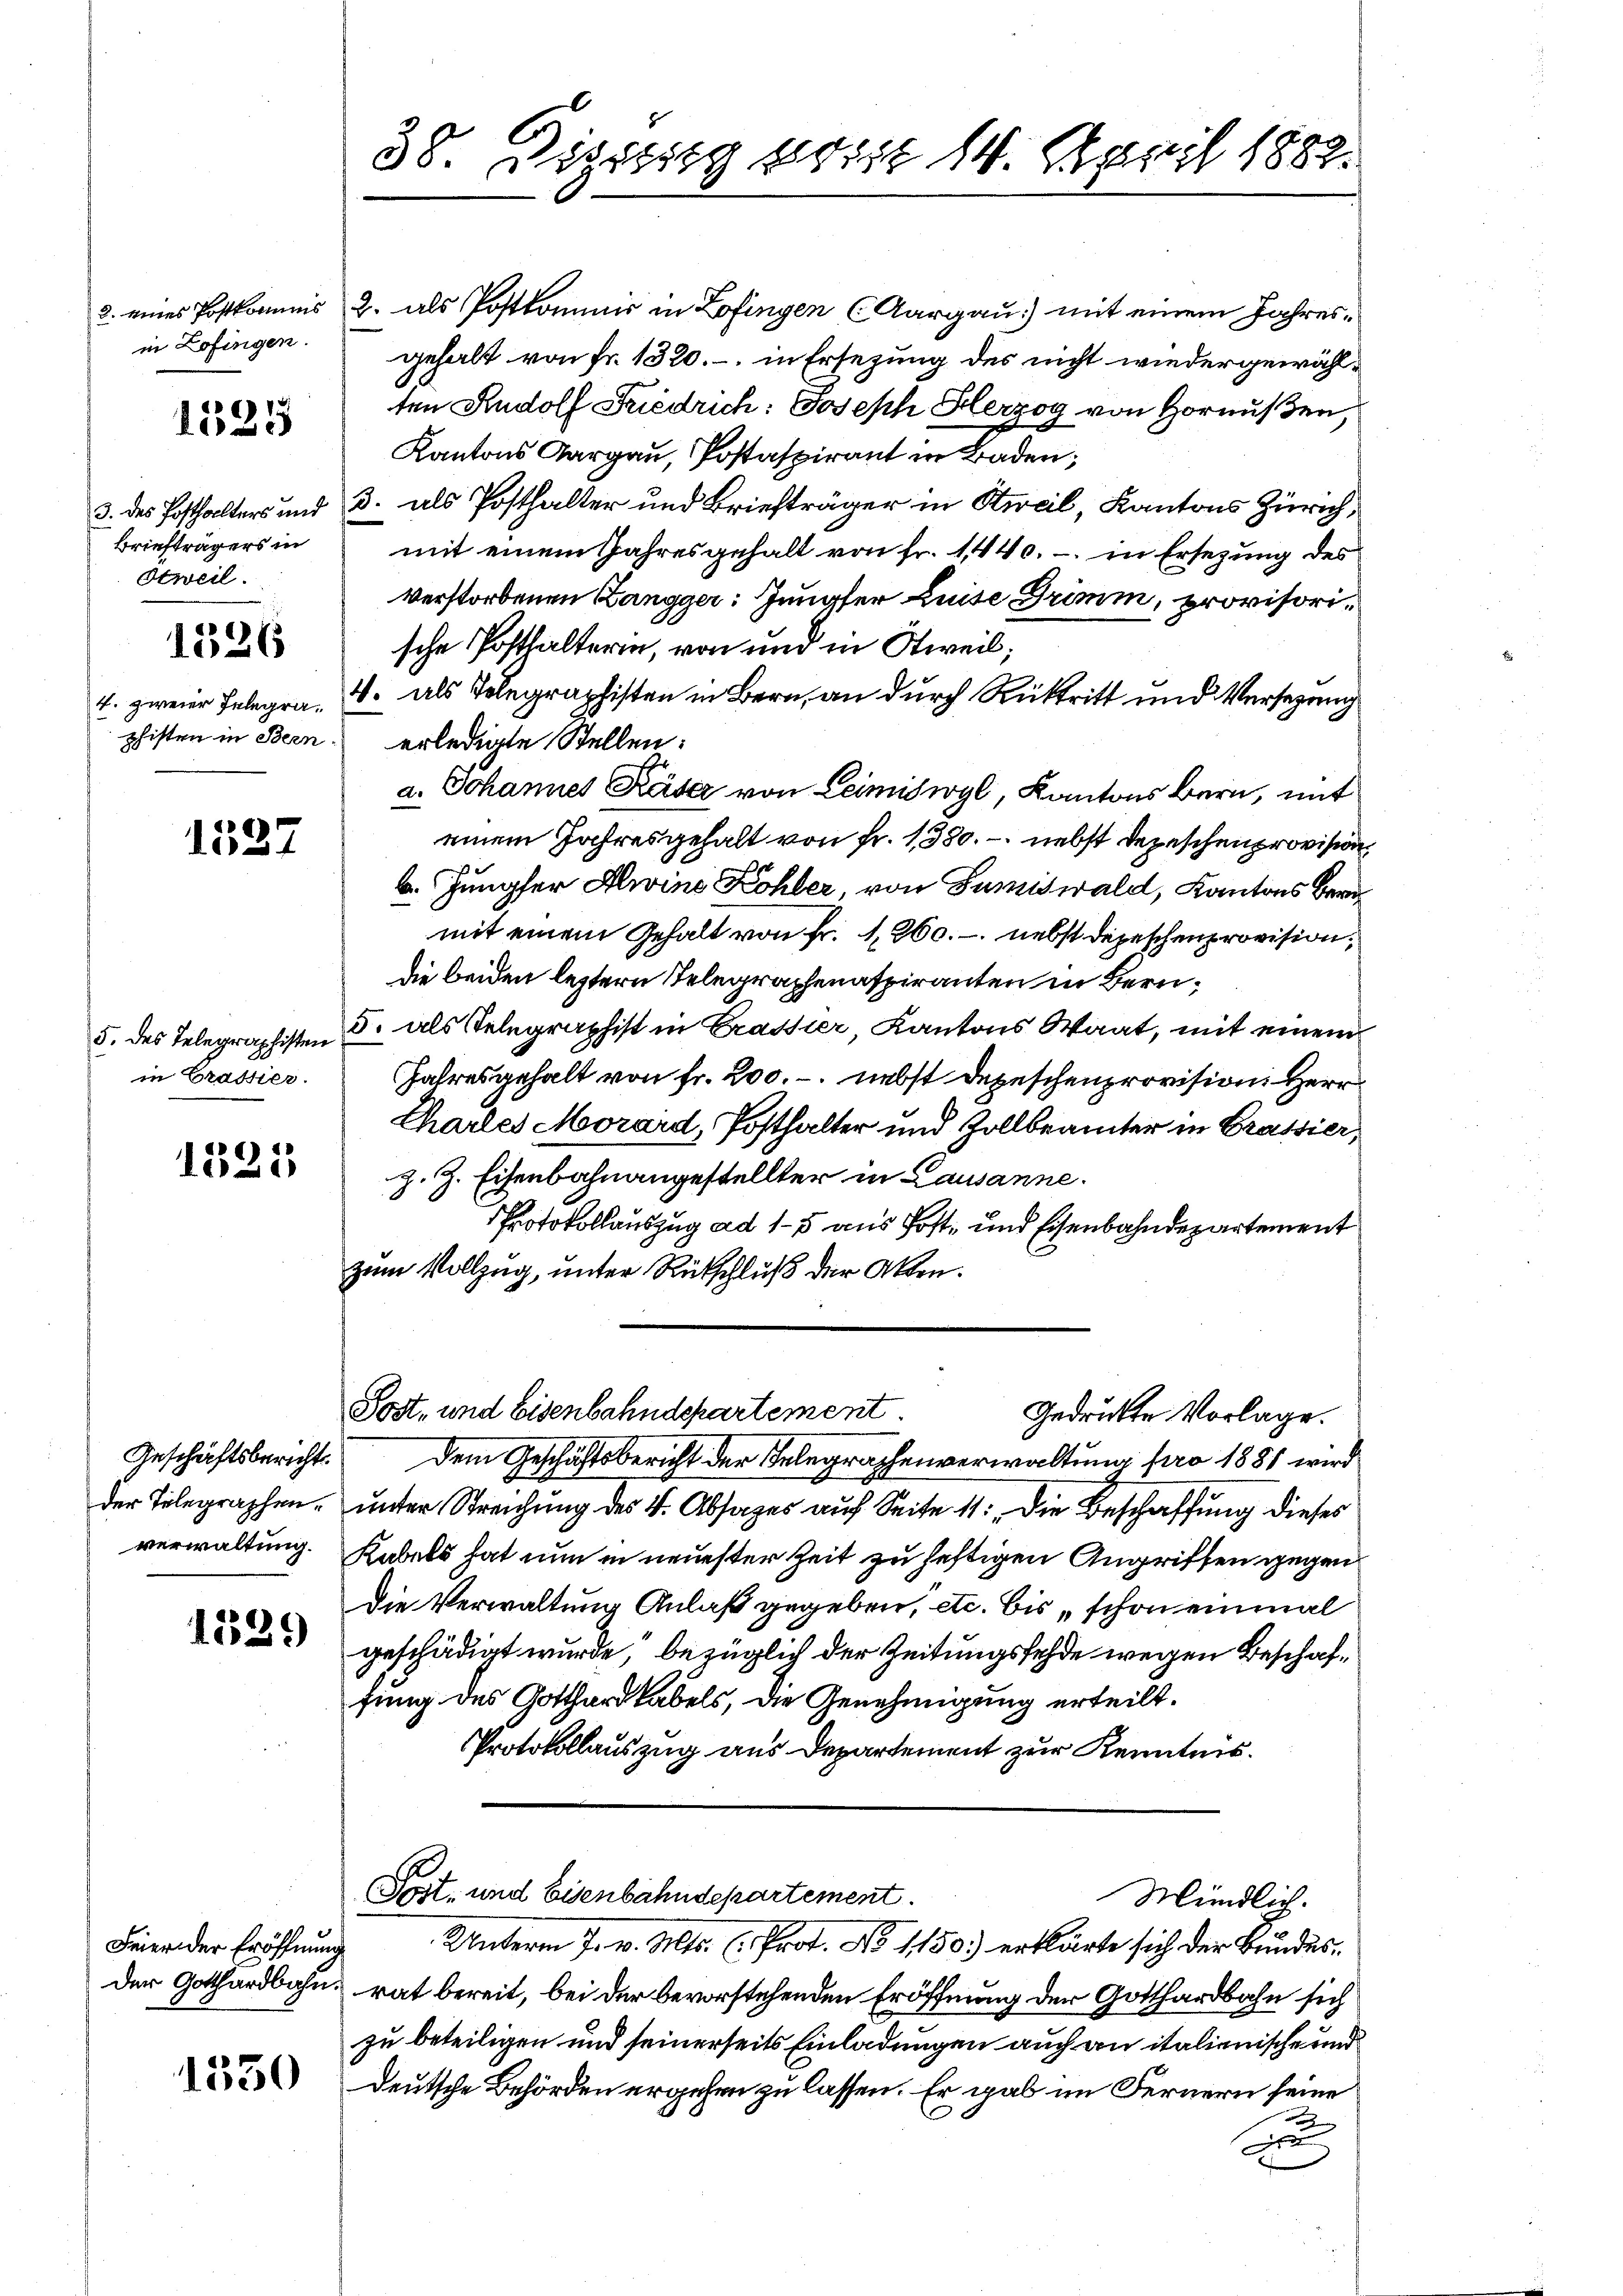
2. eines Postkomis
in Zofingen.

1525

3. des Posthalters und
Briefträgers in
Otweil.

1526

phisten in Bern.

1537

in Crassier.

1325

Geschäftsbericht.
der Telegraphen.
verwaltung.

1539

Feier der Eröffnung

1330

38. Vertig fort 14. April 1889.

2. als Postkommnis in Zofingen (Aargau) mit einem Jahresgehalt von Fr. 1320.- in Ersezung des nicht wiedergewählten Rudolf Friedrich: Joseph Herzog von Hornußen,
Kantons Aargau, Postaspirant in Baden;
3. als Posthalter und Briefträger in Stieil, Kantons Zürich,
mit einem Jahresgehalt von Fr. 1440.- in Ersezung des
verstorbenen Zangger: Jungfer Luise Grimm, provisorische Posthalterin, von und in Otweil;
1. zweier Telegra - 4. als Telegraphisten in Bern, an durch Rücktritt und Versezung
erledigte Stellen:
a. Johannes Käser von Leimiswyl, Kantons Bern, mit
einem Jahresgehalt von fr. 1380. - nebst Depeschenprovision
6. Jungfer Aline Kohler, von Sumiswald, Kantons Beramit einem Gehalt von Fr. 1,260. - nebst Depeschenprovision,
die beiden leztern Telegraphenaspiranten in Bern¬
5. des Telegraphisten 5. als Telegraphist in Crassier, Kantons Waat, mit einem
Jahresgehalt von Fr. 200.-. nebst Depeschenprovision Herr
Chartes Morard, Posthalter und Zollbeamter in Grassier,
z. Z. Eisenbahnangestellter in Lausanne.
Protokollauszug ad 15 aus Post- und Eisenbahndepartement
zum Vollzug, unter Rückschluß der Akten.
Post- und Eisenbahndepartement
Gedrückte Vorlage.
Dem Geschäftsbericht der Telegraphenverwaltung pro 1881 wird
unter Streichung des 4. Absages auf Seite 11. Die Beschaffung dieses
Kabels hat nun in neuester Zeit zu heftigen Angriffen gegen
Die Verwaltung Anlaß gegeben, etc. bis „schon einmal
geschädigt wurde, bezüglich der Zeitungsfehde wegen Beschaffung des Gotthardkabels, die Genehmigung erteilt.
Protokollauszug aus Departement zur Kenntnis.
Post- und Eisenbahndepartement.
Mündlich.
Unterm 7. v. Mts. (Prot. No 1150) erklärte sich der Bundes,
Der Gotthardbahn rat bereit, bei der bevorstehenden Eröffnung der Gotthardbahn sich
zu beteiligen und seinerseits Einladungen auch an italienische und
deutsche Behörden ergehen zu lassen. Er gab im Fernern seine
a
d